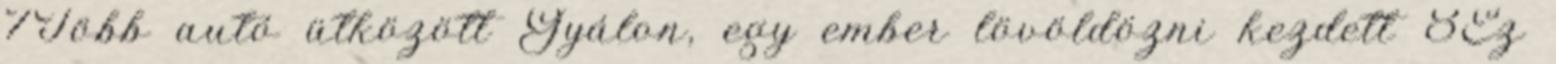
7Több autó ütközött Gyálon, egy ember lövöldözni kezdett 8Ez